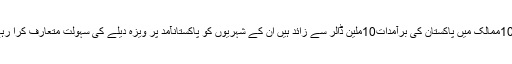
جن 100ممالک میں پاکستان کی برآمدات10ملین ڈالر سے زائد ہیں ان کے شہریوں کو پاکستانآمد پر ویزہ دیلے کی سہولت متعارف کرا رہے ہیں۔